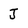
Character: J